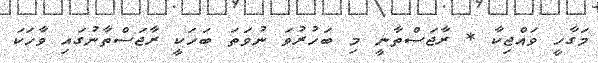
މަގާހީ ވައްޖިކާ * ރާޖަސްތާނީ މި ބަހުރުވަ ނުވަތަ ބަހަކީ ރާޖަސްތާނުގައި ވާހަކަ